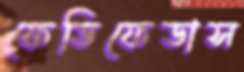
ফেডিফেডাস